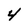
Character: 4